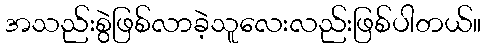
အသည်းစွဲဖြစ်လာခဲ့သူလေးလည်းဖြစ်ပါတယ်။